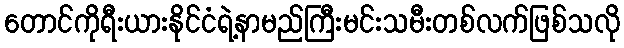
တောင်ကိုရီးယားနိုင်ငံရဲ့နာမည်ကြီးမင်းသမီးတစ်လက်ဖြစ်သလို